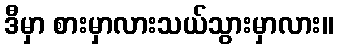
ဒီမှာ စားမှာလားသယ်သွားမှာလား။